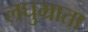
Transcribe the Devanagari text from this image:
लघुभ्राता